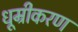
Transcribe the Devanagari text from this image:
धूम्रीकरण